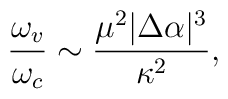
\frac{\omega_v}{\omega_c} \sim \frac{\mu^2 |\Delta \alpha|^3}{\kappa^2},